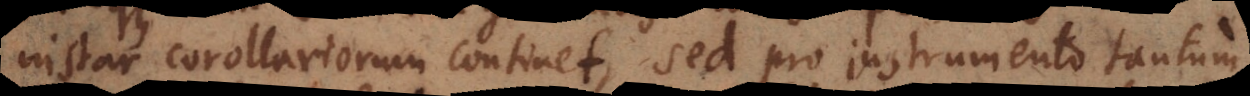
instar corollariorum continet, sed pro instrumento potius